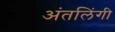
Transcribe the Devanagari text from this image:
अंतलिंगी